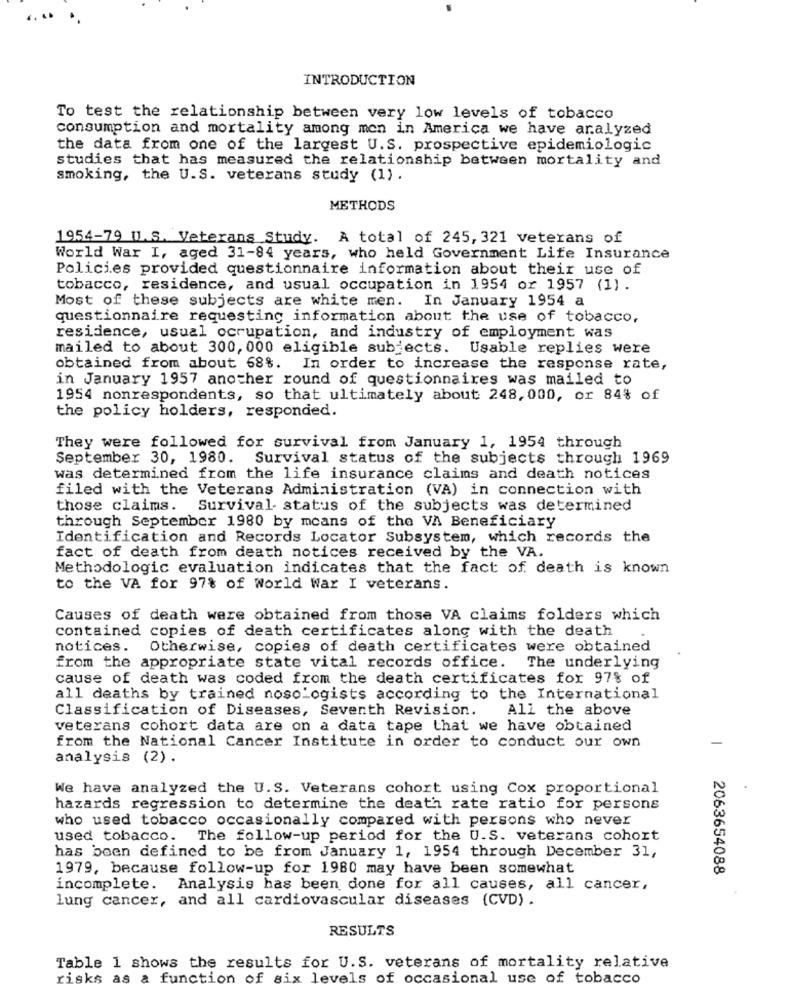
INTRODUCTION
To test the relationship between very low levels of tobacco
consumption and mortality among men in America we have analyzed
the data from one of the largest U.S. prospective epidemiologic
studies that has measured the relationship between mortality and
smoking, the U.S. veterans study (1) .
METHODS
1954-79 U.S. Veterans Study. A total of 245, 321 veterans of
World War I, aged 31-84 years, who held Government Life Insurance
Policies provided questionnaire information about their use of
tobacco, residence, and usual occupation in 1954 or 1957 (1) .
Most of these subjects are white men. In January 1954 a
questionnaire requesting information about the use of tobacco,
residence, usual ocrupation, and industry of employment was
mailed to about 300, 000 eligible subjects. Usable replies were
obtained from about 68%.
In order to increase the response rate,
in January 1957 another round of questionnaires was mailed to
1954 nonrespondents, so that ultimately about 248,000, or 84% of
the policy holders, responded.
They were followed for survival from January 1, 1954 through
September 30, 1980. Survival status of the subjects through 1969
was determined from the life insurance claims and death notices
filed with the Veterans Administration (VA) in connection with
those claims. Survival status of the subjects was determined
through September 1980 by means of the VA Beneficiary
Identification and Records Locator Subsystem, which records the
fact of death from death notices received by the VA.
Methodologic evaluation indicates that the fact of death is known
to the VA for 97% of World War I veterans.
Causes of death were obtained from those VA claims folders which
contained copies of death certificates along with the death
notices. Otherwise, copies of death certificates were obtained
from the appropriate state vital records office. The underlying
cause of death was coded from the death certificates for 97% of
all deaths by trained nosologists according to the International
Classification of Diseases, Seventh Revision.
All the above
veterans cohort data are on a data tape that we have obtained
from the National Cancer Institute in order to conduct our own
analysis (2) .
We have analyzed the U.S. Veterans cohort using Cox proportional
hazards regression to determine the death rate ratio for persons
who used tobacco occasionally compared with persons who never
used tobacco. The follow-up period for the U.S. veterans cohort
has been defined to be from January 1, 1954 through December 31,
1979, because follow-up for 1980 may have been somewhat
2063654088
incomplete. Analysis has been done for all causes, all cancer,
lung cancer, and all cardiovascular diseases (CVD) .
RESULTS
Table 1 shows the results for U.S. veterans of mortality relative
risks as a function of six levels of occasional use of tobacco